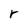
Character: r